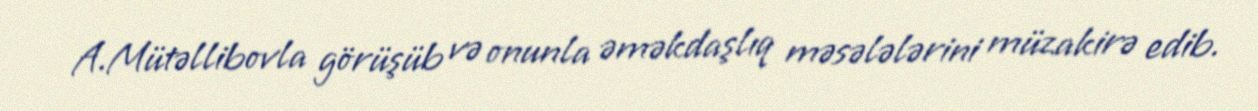
A.Mütəllibovla görüşüb və onunla əməkdaşlıq məsələlərini müzakirə edib.